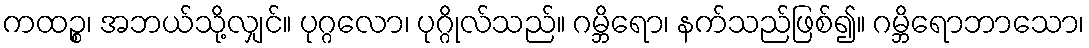
ကထဉ္စ၊ အဘယ်သို့လျှင်။ ပုဂ္ဂလော၊ ပုဂ္ဂိုလ်သည်။ ဂမ္ဘိရော၊ နက်သည်ဖြစ်၍။ ဂမ္ဘိရောဘာသော၊